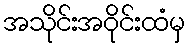
အသိုင်းအဝိုင်းထံမှ